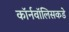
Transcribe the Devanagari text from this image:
कॉर्नवॉलिसकडे